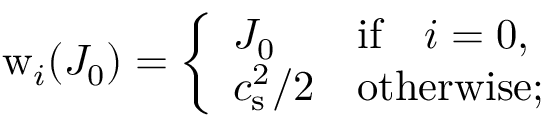
\mathrm { w } _ { i } ( J _ { 0 } ) = \left\{ \begin{array} { l l } { J _ { 0 } } & { \mathrm { i f } \quad i = 0 , } \\ { c _ { \mathrm { s } } ^ { 2 } / 2 } & { \mathrm { o t h e r w i s e } ; } \end{array} \right.